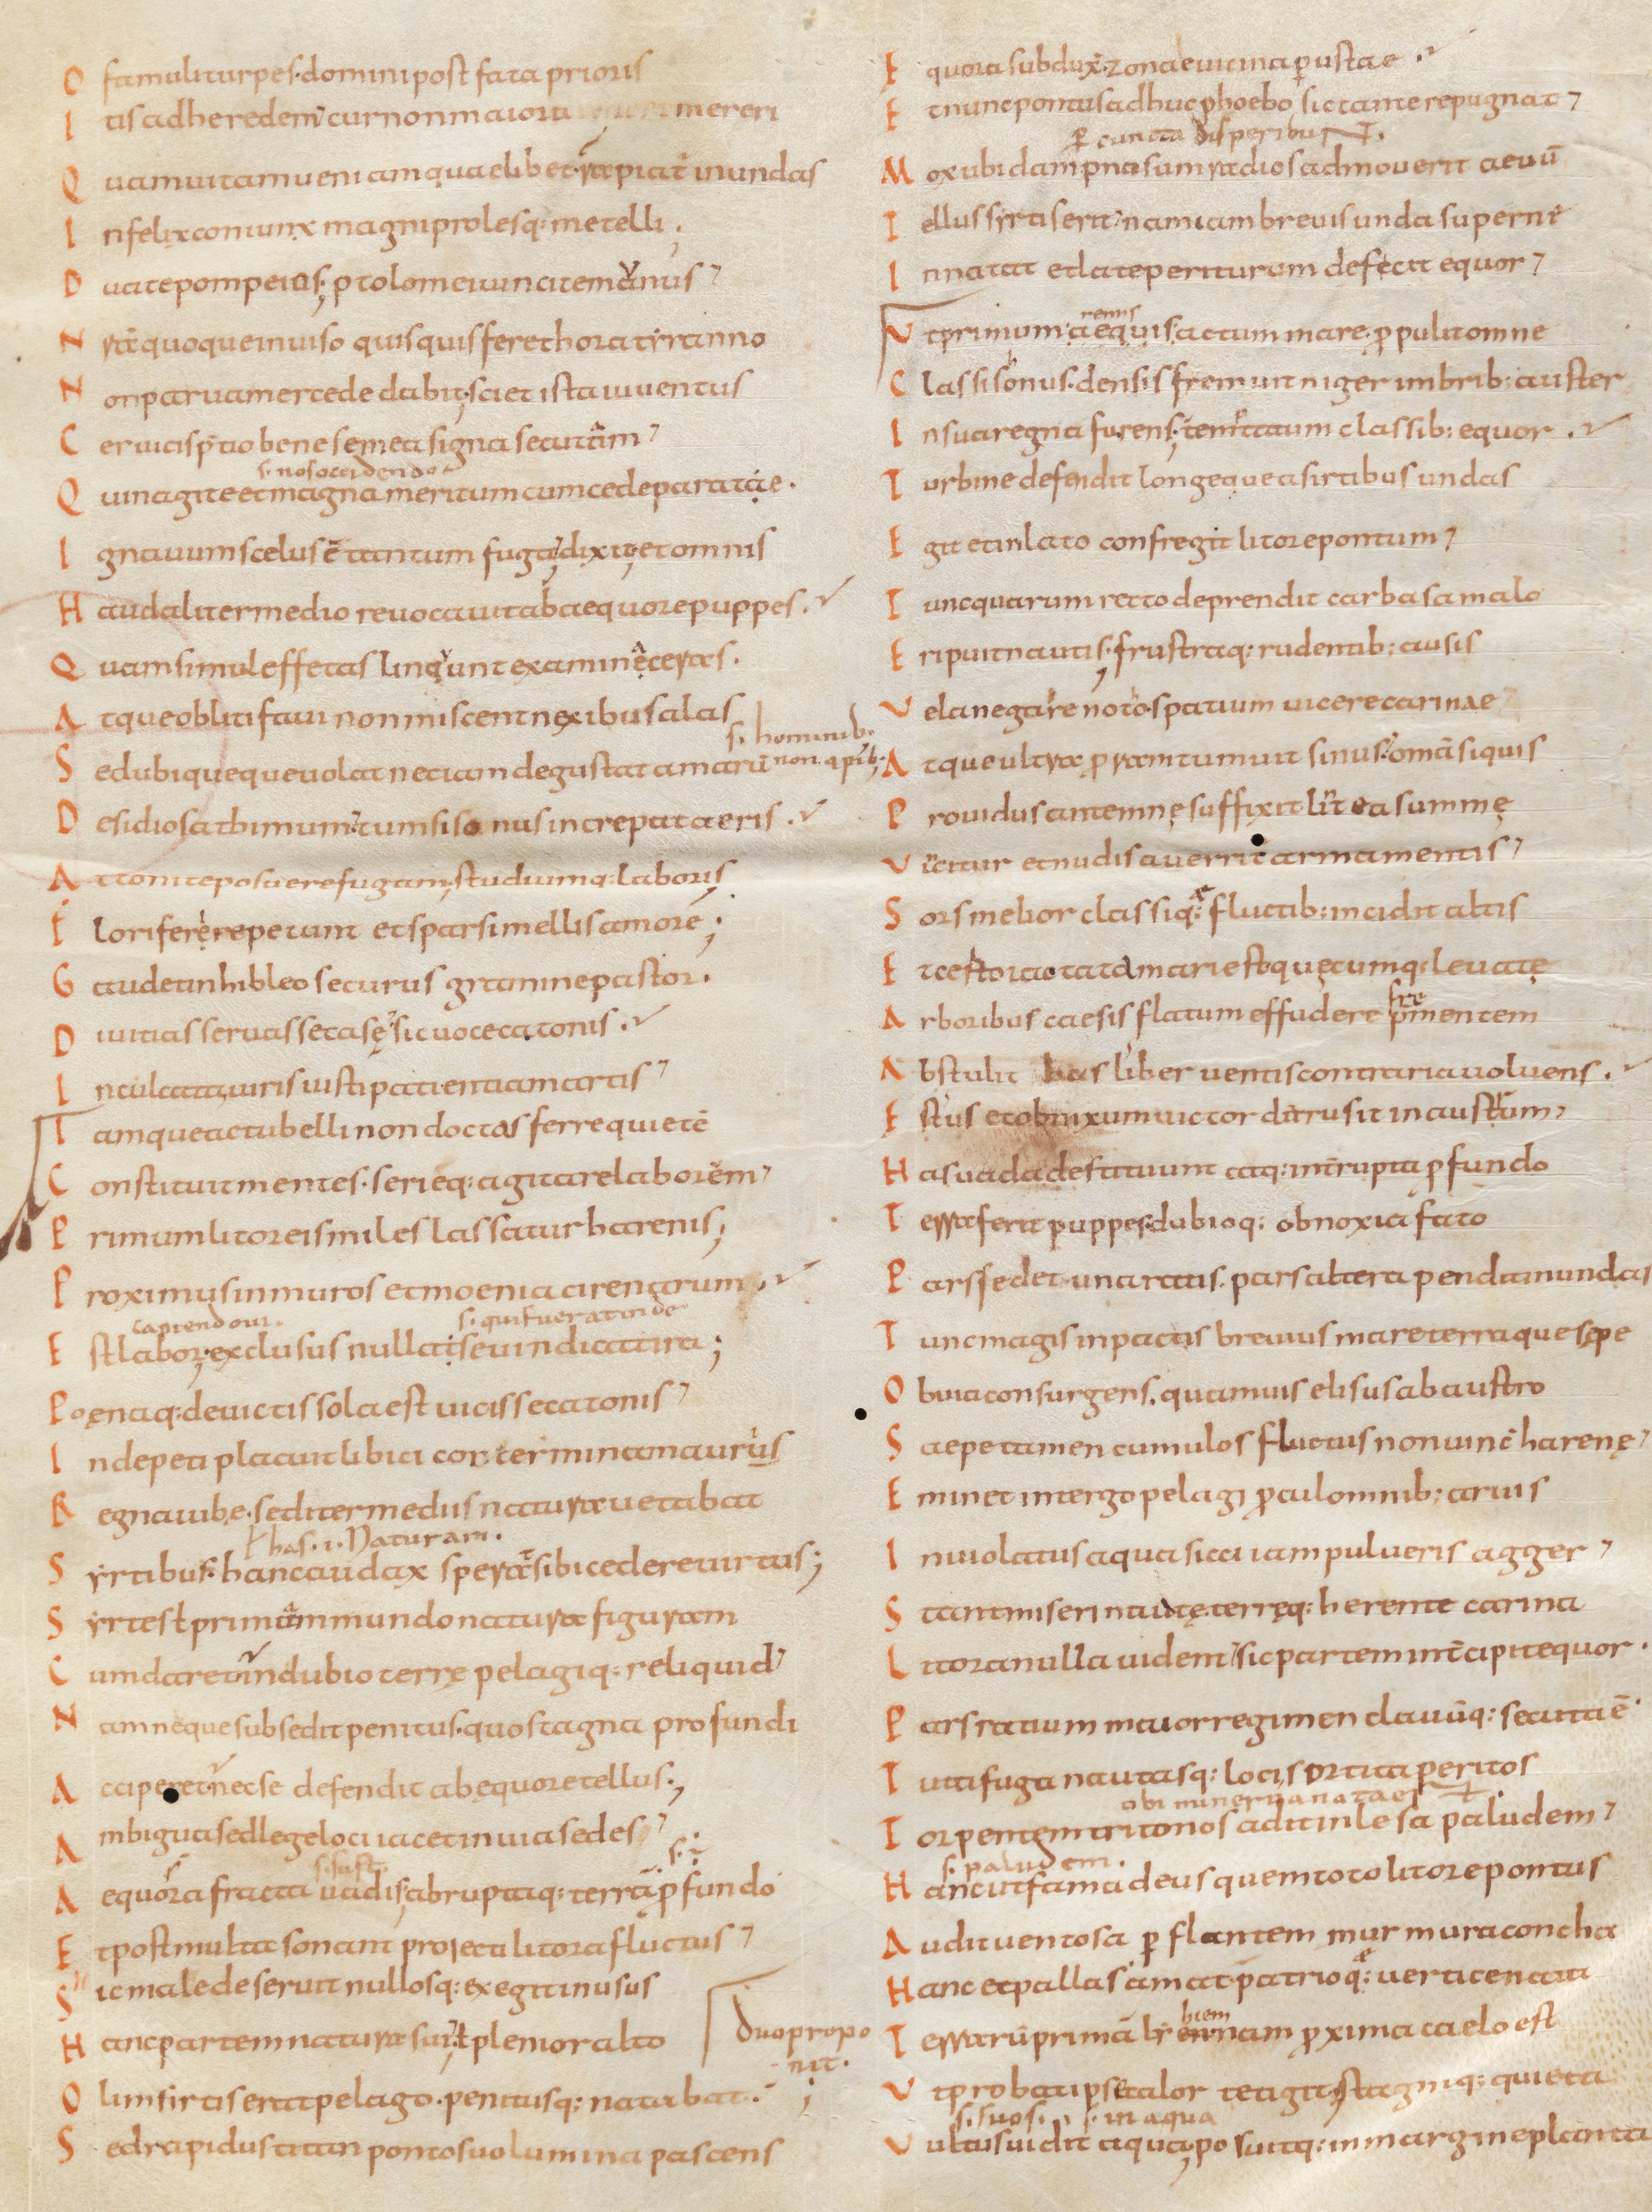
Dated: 834–1899